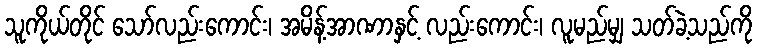
သူကိုယ်တိုင် သော်လည်းကောင်း၊ အမိန့်အာဏာနှင့် လည်းကောင်း၊ လူမည်မျှ သတ်ခဲ့သည်ကို